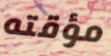
مؤقته